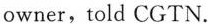
owner, told CGTN.